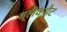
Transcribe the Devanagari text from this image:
ब्लैकहैट